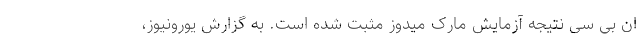
ان بی سی نتیجه آزمایش مارک میدوز مثبت شده است. به گزارش یورونیوز،